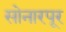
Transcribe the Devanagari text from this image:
सोनारपूर